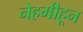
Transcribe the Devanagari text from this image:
नेहमीहून